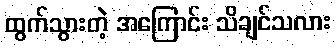
ထွက်သွားတဲ့ အကြောင်း သိချင်သလား